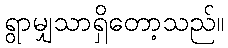
ရွာမျှသာရှိတော့သည်။